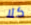
كلا